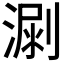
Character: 𣺳